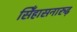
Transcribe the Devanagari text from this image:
सिँहासनारुढ़